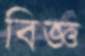
বিজ্ঞ